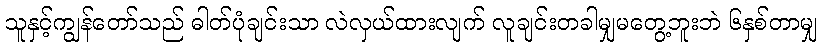
သူနှင့်ကျွန်တော်သည် ဓါတ်ပုံချင်းသာ လဲလှယ်ထားလျက် လူချင်းတခါမျှမတွေ့ဘူးဘဲ ၆နှစ်တာမျှ